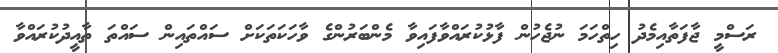
ރަސްމީ ޖާފަތާއިމެދު ހިތްހަމަ ނުޖެހުން ފާޅުކުރައްވާފައިވާ މެންބަރުންގެ ވާހަކަތަކަށް ސައްތައިން ސައްތަ ތާއީދުކުރައްވާ